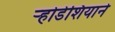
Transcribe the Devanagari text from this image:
र्‍होडेशियाने